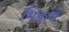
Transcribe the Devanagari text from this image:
भिडावे